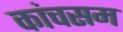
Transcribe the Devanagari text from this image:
कांचसम